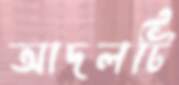
আদলটি